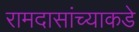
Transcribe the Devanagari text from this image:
रामदासांच्याकडे